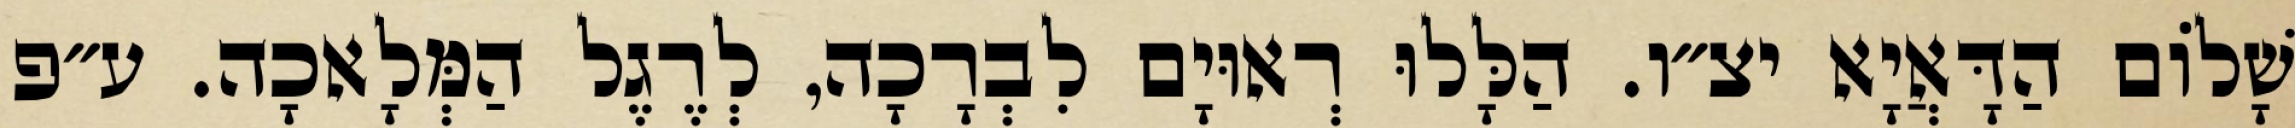
שָׁלוֹם הַדָּאֲיָא יצ״ו. הַלָּלוּ רְאוּיָם לִבְרָכָה, לְרֶגֶל הַמְּלָאכָה. ע״פ